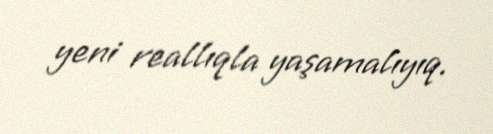
yeni reallıqla yaşamalıyıq.